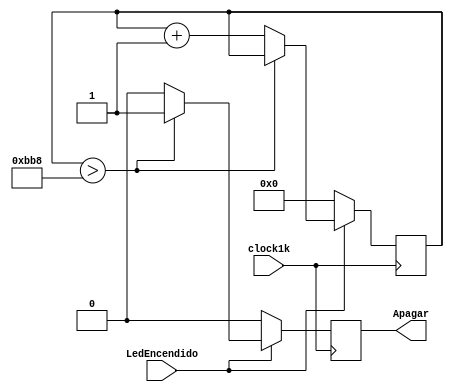
`timescale 1ns / 1ps
//////////////////////////////////////////////////////////////////////////////////
// Company: 
// Engineer: 
// 
// Design Name: 
// Module Name:    ApagaLED 
// Project Name: 
// Target Devices: 
// Tool versions: 
// Description: 
//
// Dependencies: 
//
// Revision: 
// Revision 0.01 - File Created
// Additional Comments: 
//
//////////////////////////////////////////////////////////////////////////////////
module ApagaLED(clock1k,LedEncendido,Apagar);
input clock1k,LedEncendido;
output reg Apagar;

reg [12:0]counter=0;

always@(posedge clock1k)begin 

if(LedEncendido==1)begin
	if(counter>3000)begin Apagar<=1;end
	else begin counter<=counter+1;Apagar<=0; end
end
else begin counter<=0;Apagar<=0;end

end

endmodule